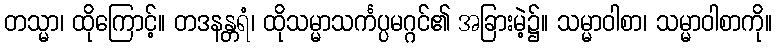
တသ္မာ၊ ထိုကြောင့်။ တဒနန္တရံ၊ ထိုသမ္မာသင်္ကပ္ပမဂ္ဂင်၏ အခြားမဲ့၌။ သမ္မာဝါစာ၊ သမ္မာဝါစာကို။